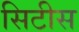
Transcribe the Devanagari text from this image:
सिटीस